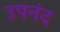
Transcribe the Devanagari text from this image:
उपनंद